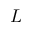
L